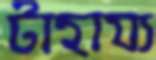
টাহায্য